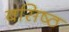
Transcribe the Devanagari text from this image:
बसिष्ठ